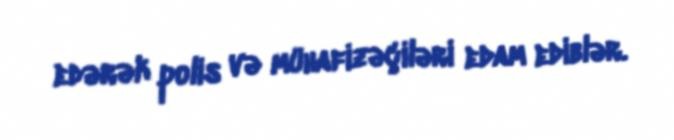
edərək polis və mühafizəçiləri edam ediblər.